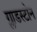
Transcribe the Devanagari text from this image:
ग्लाडस्टोन